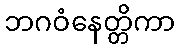
ဘဂဝံနေတ္တိကာ